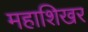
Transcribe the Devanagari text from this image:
महाशिखर